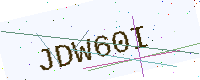
Text: JDW60I